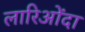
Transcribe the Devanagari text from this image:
लारिओंदा